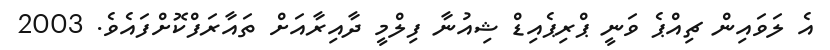
އެ ލަވައިން ޗިއްޕެ ވަނީ ޕްރިޕެއިޑް ޝިއުނާ ފިލްމީ ދާއިރާއަށް ތައާރަފްކޮށްފައެވެ. 2003